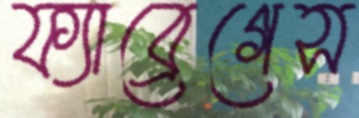
ফ্যাব্রেগেস